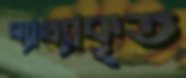
ব্যাখ্যাকৃত